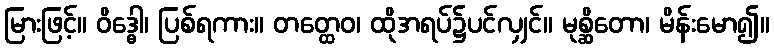
မြားဖြင့်။ ဝိဒ္ဓေါ၊ ပြစ်ရကား။ တတ္ထေဝ၊ ထိုအရပ်၌ပင်လျှင်။ မုစ္ဆိတော၊ မိန်းမော၍။